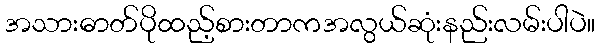
အသားဓာတ်ပိုထည့်စားတာကအလွယ်ဆုံးနည်းလမ်းပါပဲ။